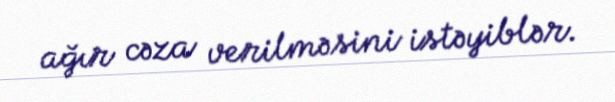
ağır cəza verilməsini istəyiblər.